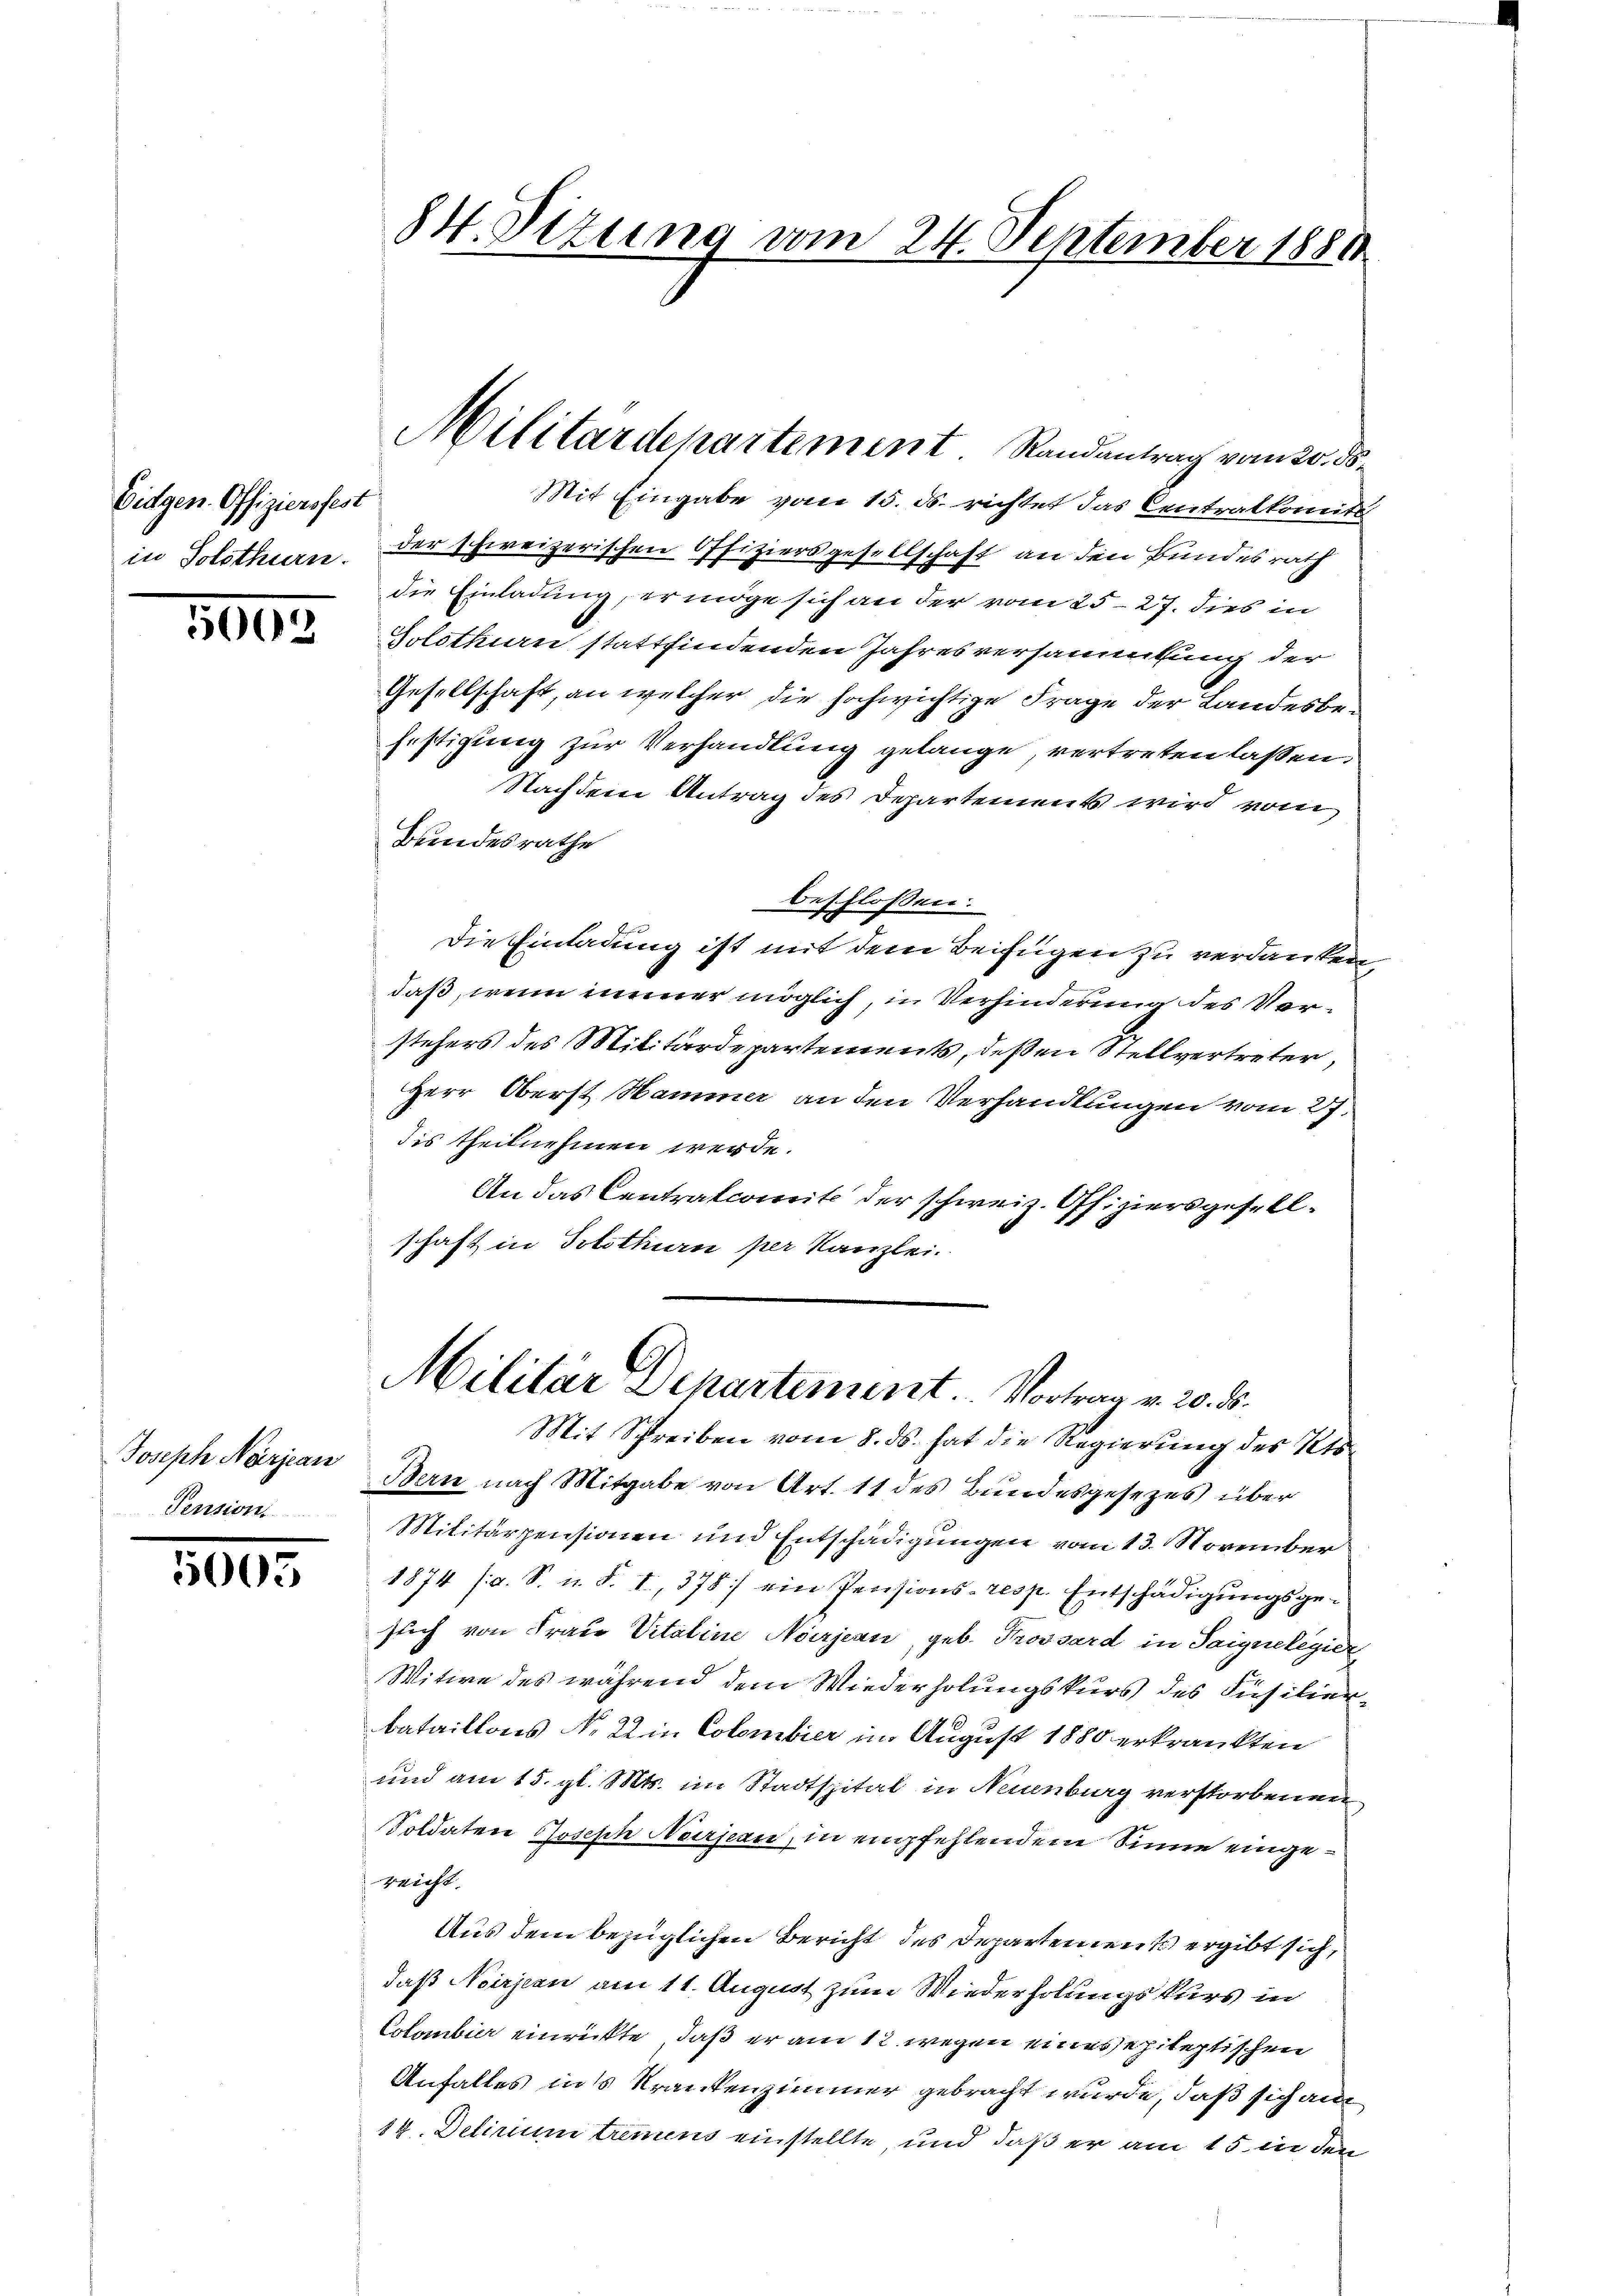
Eidgen. Offiziersfest
in Solothurn.

5002

Joseph Narjean
Pension

5005

84. Stzung vom 24. September 1881

Mit Eingabe vom 15. ds. richtet das Centralkomite
der schweizerischen Offiziersgesellschaft an den Bundesrath
die Einladung, ermöge sich an der vom 25. 27. dies in
Solothin stattfindenden Jahresversammtung der
Gesellschaft, an welcher die hochwichtige Frage der Landesbefestigung zur Verhandlung gelange, vertreten lassen.
Nachdem Antrag des Departements wird vom
Bundesrathe
beschlossen:
Die Einladung ist mit dem Beifügen zu verdanken
daß, wenn immer möglich, in Verhinderung des Vorstehers des Militärdepartements, deßen Stellvertreter,
Herr Oberst Hammer an den Verhandlungen vom 27.
dis theilnehmen werde.
An das Centralcomite der schweiz. Offiziersgesellschaft in Solothurn per Kanzlei.

Militärdepartement Randantrag vom 20. ds.

Militär Departement. Vortrag v. 20. d.
Mit Schreiben vom 8. ds. hat die Regierung des Kts.

Bern nach Mitgabe von Art. 11 des Bundesgesezes über
Militärpensionen und Entschädigungen vom 13. November
1874 (a. S. u. S. I, 378] ein Pensions- resp. Entschädigungsgesuch von Frau Vitaline Neirjean, geb. Trossard in Saignelegier
Witwe des während dem Wiederholungskurs des Füsilierbataillons N. 2 in Colombier in August 1880 erkränkten
und am 15. gl. Mts. im Stadtspital in Neuenburg verstorbenen
Soldaten Joseph Neusen, in empfehlendem Sinne eingegeicht.
Aus dem bezüglichen Bericht des Departement ergibt sich,
daß Noirieen am 11. August zum Wiederholungskurs in
Colombier einrickte, daß er am 12. wegen eines sepileptischen
Anfalles ins Krankenzimmer gebracht wurde, daß sich au
14. Delirium tremens einstellte, und daß er am 15. in den